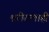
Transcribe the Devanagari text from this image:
शरीरालाही